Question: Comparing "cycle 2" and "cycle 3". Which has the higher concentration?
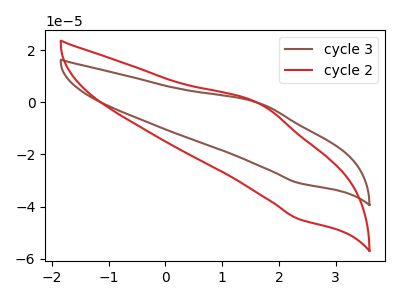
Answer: <think>The brown curve "cycle 3" has an anodic peak at (1.65V, -0.30uA) and a cathodic peak at (2.35V, -30.95uA). The red curve "cycle 2" has an anodic peak at (1.65V, -0.45uA) and a cathodic peak at (2.35V, -44.70uA).
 All the peaks in "cycle 2" have a peak in "cycle 3" at the same potential.</think>
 <answer>I cant tell if "cycle 2" or "cycle 3" has higher concentration.</answer>
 <eval>mixed_concentration</eval>